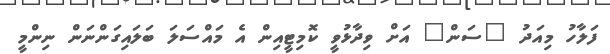
ފަލާހު މިއަދު "ސަން" އަށް ވިދާޅުވީ ކޮމިޓީއިން އެ މައްސަލަ ބަލައިގަންނަން ނިންމީ